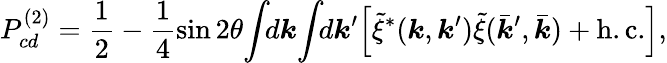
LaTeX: P_{cd}^{(2)}=\frac{1}{2}-\frac{1}{4}\sin 2\theta\! \int\! \! d\boldsymbol{k}\! \int\! \! d\boldsymbol{k}^{\prime}\! \left[\tilde{\xi}^{*}(\boldsymbol{k},\boldsymbol{k}^{\prime})\tilde{\xi}(\bar{\boldsymbol{k}}^{\prime},\bar{\boldsymbol{k}})+\mathrm{h.c.}\right],